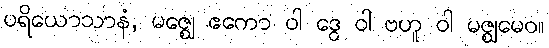
ပရိယောသာနံ, မဇ္ဈေ ဧကော ဝါ ဒွေ ဝါ ဗဟူ ဝါ မဇ္ဈမေဝ။